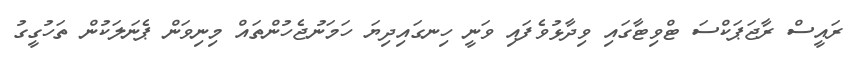
ރައީސް ރާޖަޕަކްސަ ޓްވިޓާގައި ވިދާޅުވެފައި ވަނީ ހިނގައިދިޔަ ހަމަނުޖެހުންތައް މިނިވަން ޕެނަލަކުން ތަހުގީގު